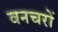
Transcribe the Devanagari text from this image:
वनचरों